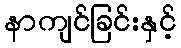
နာကျင်ခြင်းနှင့်